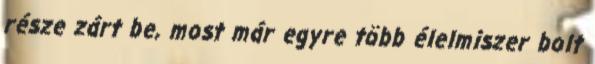
része zárt be, most már egyre több élelmiszer bolt